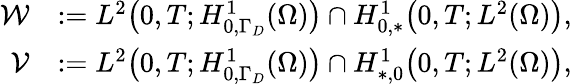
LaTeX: \begin{array}{rl}{\mathcal{W}}&{:=L^{2}\big(0,T;H_{0,\Gamma_{D}}^{1}(\Omega)\big)\cap H_{0,*}^{1}\big(0,T;L^{2}(\Omega)\big),}\\ {\mathcal{V}}&{:=L^{2}\big(0,T;H_{0,\Gamma_{D}}^{1}(\Omega)\big)\cap H_{*,0}^{1}\big(0,T;L^{2}(\Omega)\big),}\end{array}